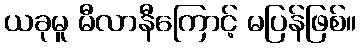
ယခုမူ မီလာနီကြောင့် မပြန်ဖြစ်။